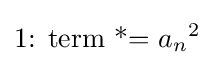
{\mathtt {\text{1: term *= }}}{a_{n}}^{2}